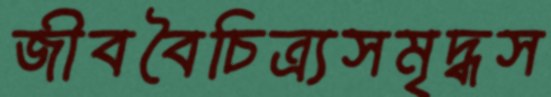
জীববৈচিত্র্যসমৃদ্ধস